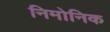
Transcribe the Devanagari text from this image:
निमोनिक